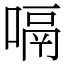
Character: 嗝